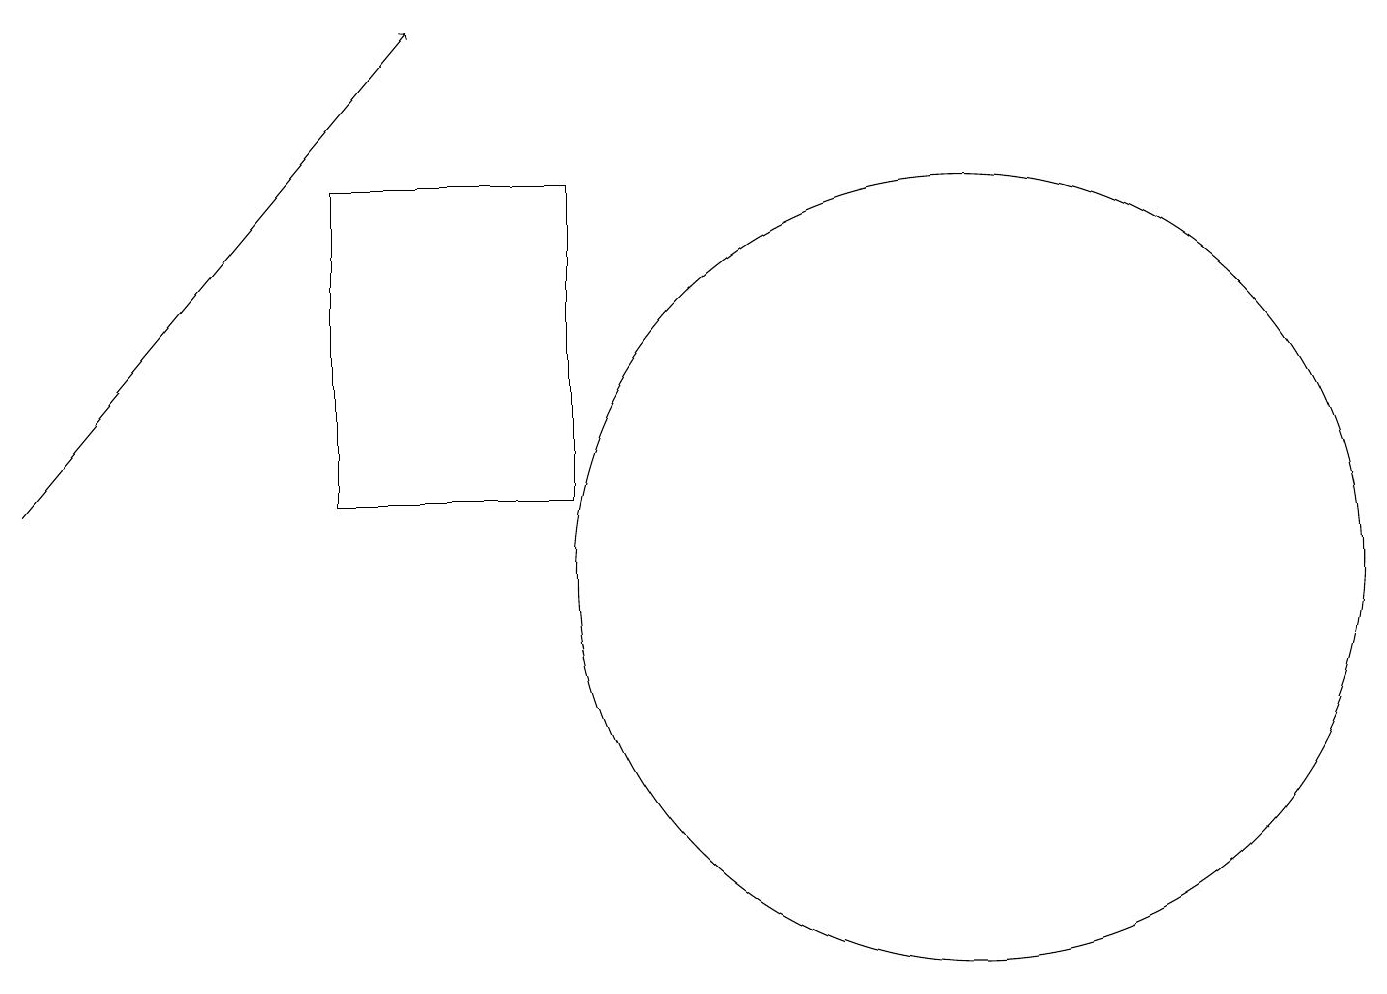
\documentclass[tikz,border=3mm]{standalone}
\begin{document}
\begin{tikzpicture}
\draw (4,16) rectangle (7,12);
\draw[->] (0,12) -- (5,18);
\draw (12,11) circle (5);
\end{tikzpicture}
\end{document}